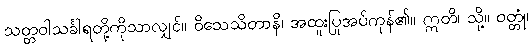
သတ္တဝါသင်္ခါရတို့ကိုသာလျှင်။ ဝိသေသိတာနိ၊ အထူးပြုအပ်ကုန်၏။ ဣတိ၊ သို့။ ဝတ္တုံ၊